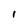
Character: l